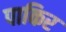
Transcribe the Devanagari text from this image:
पाकिर